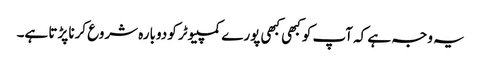
یہ وجہ ہے کہ آپ کو کبھی کبھی پورے کمپیوٹر کو دوبارہ شروع کرنا پڑتا ہے۔